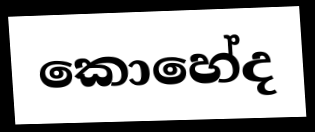
කොහේද